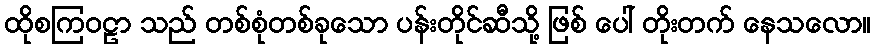
ထိုစကြဝဠာ သည် တစ်စုံတစ်ခုသော ပန်းတိုင်ဆီသို့ ဖြစ် ပေါ် တိုးတက် နေသလော။